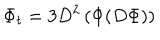
\Phi _ { t } = 3 D ^ { 2 } \left( \Phi ( D \Phi ) \right)